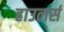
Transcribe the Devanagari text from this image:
हाउलर्स